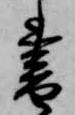
書